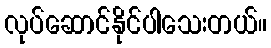
လုပ်ဆောင်နိုင်ပါသေးတယ်။